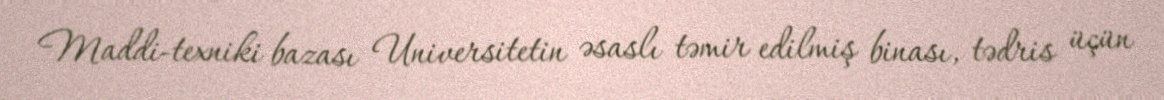
Maddi-texniki bazası Universitetin əsaslı təmir edilmiş binası, tədris üçün